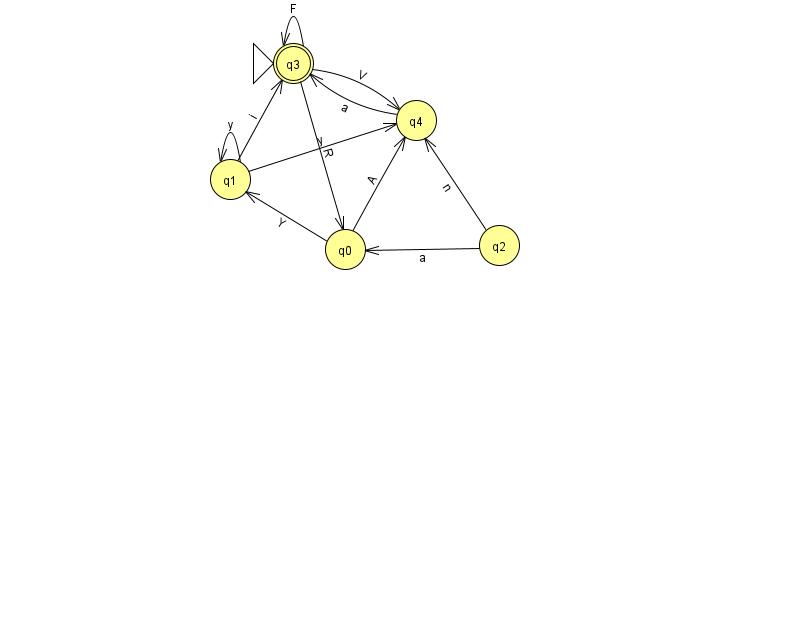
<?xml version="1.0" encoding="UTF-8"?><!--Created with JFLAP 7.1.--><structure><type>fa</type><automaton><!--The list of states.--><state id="0" name="q0"><x>345.0</x><y>236.0</y></state><state id="1" name="q1"><x>230.0</x><y>166.0</y></state><state id="2" name="q2"><x>499.0</x><y>232.0</y></state><state id="3" name="q3"><x>293.0</x><y>50.0</y><initial/><final/></state><state id="4" name="q4"><x>416.0</x><y>107.0</y></state><!--The list of transitions.--><transition><from>1</from><to>4</to><read>y</read></transition><transition><from>0</from><to>1</to><read>Y</read></transition><transition><from>0</from><to>4</to><read>A</read></transition><transition><from>3</from><to>3</to><read>F</read></transition><transition><from>2</from><to>0</to><read>a</read></transition><transition><from>1</from><to>1</to><read>y</read></transition><transition><from>1</from><to>3</to><read>i</read></transition><transition><from>4</from><to>3</to><read>a</read></transition><transition><from>3</from><to>4</to><read>V</read></transition><transition><from>2</from><to>4</to><read>n</read></transition><transition><from>3</from><to>0</to><read>R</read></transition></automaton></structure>